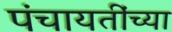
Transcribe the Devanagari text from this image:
पंचायतींच्या